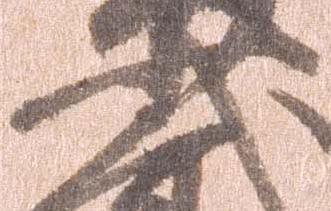
少